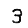
Digit: 3